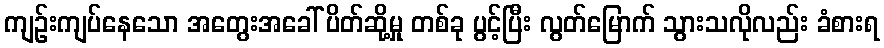
ကျဉ်းကျပ်နေသော အတွေးအခေါ် ပိတ်ဆို့မှု တစ်ခု ပွင့်ပြီး လွတ်မြောက် သွားသလိုလည်း ခံစားရ